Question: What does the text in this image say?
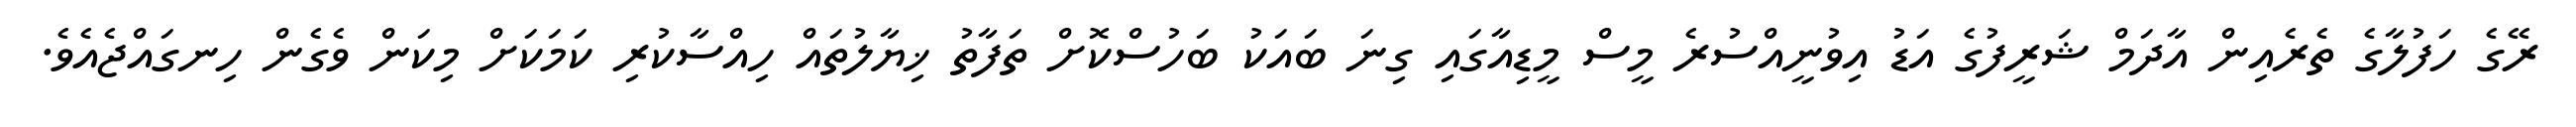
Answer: ރޭގެ ހަފުލާގެ ތެރެއިން އާދަމް ޝަރީފުގެ އަޑު އިވުނީއްސުރެ މީސް މީޑިއާގައި ގިނަ ބައަކު ބަހުސްކޮށް ތަފާތު ޚިޔާލުތައް ހިއްސާކުރި ކަމަކަށް މިކަން ވެގެން ހިނގައްޖެއެވެ.